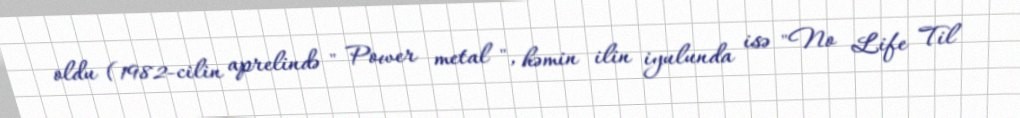
oldu (1982-cilin aprelində " Power metal ", həmin ilin iyulunda isə "No Life Til